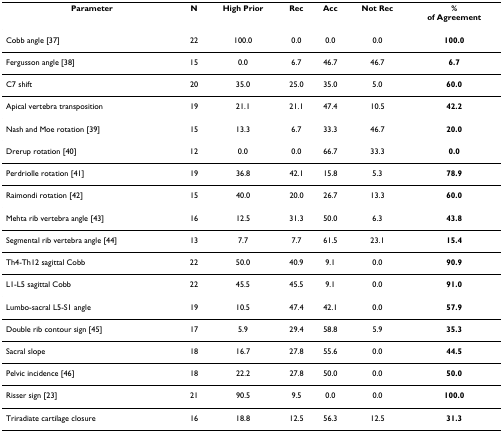
| Parameter | N | High Prior | Rec | Acc | Not Rec | %of Agreement |
 | --- | --- | --- | --- | --- | --- | --- |
 | Cobb angle [37] | 22 | 100.0 | 0.0 | 0.0 | 0.0 | 100.0 |
 | Fergusson angle [38] | 15 | 0.0 | 6.7 | 46.7 | 46.7 | 6.7 |
 | C7 shift | 20 | 35.0 | 25.0 | 35.0 | 5.0 | 60.0 |
 | Apical vertebra transposition | 19 | 21.1 | 21.1 | 47.4 | 10.5 | 42.2 |
 | Nash and Moe rotation [39] | 15 | 13.3 | 6.7 | 33.3 | 46.7 | 20.0 |
 | Drerup rotation [40] | 12 | 0.0 | 0.0 | 66.7 | 33.3 | 0.0 |
 | Perdriolle rotation [41] | 19 | 36.8 | 42.1 | 15.8 | 5.3 | 78.9 |
 | Raimondi rotation [42] | 15 | 40.0 | 20.0 | 26.7 | 13.3 | 60.0 |
 | Mehta rib vertebra angle [43] | 16 | 12.5 | 31.3 | 50.0 | 6.3 | 43.8 |
 | Segmental rib vertebra angle [44] | 13 | 7.7 | 7.7 | 61.5 | 23.1 | 15.4 |
 | Th4-Th12 sagittal Cobb | 22 | 50.0 | 40.9 | 9.1 | 0.0 | 90.9 |
 | L1-L5 sagittal Cobb | 22 | 45.5 | 45.5 | 9.1 | 0.0 | 91.0 |
 | Lumbo-sacral L5-S1 angle | 19 | 10.5 | 47.4 | 42.1 | 0.0 | 57.9 |
 | Double rib contour sign [45] | 17 | 5.9 | 29.4 | 58.8 | 5.9 | 35.3 |
 | Sacral slope | 18 | 16.7 | 27.8 | 55.6 | 0.0 | 44.5 |
 | Pelvic incidence [46] | 18 | 22.2 | 27.8 | 50.0 | 0.0 | 50.0 |
 | Risser sign [23] | 21 | 90.5 | 9.5 | 0.0 | 0.0 | 100.0 |
 | Triradiate cartilage closure | 16 | 18.8 | 12.5 | 56.3 | 12.5 | 31.3 |